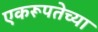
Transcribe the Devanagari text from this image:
एकरूपतेच्या